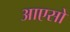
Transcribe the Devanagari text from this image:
आएसो